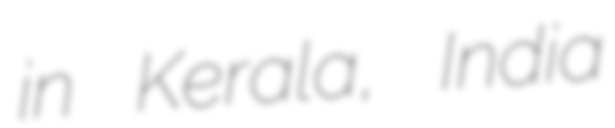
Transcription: in Kerala, India